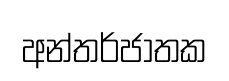
අන්තර්ජාතක